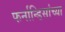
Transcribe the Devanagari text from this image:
फर्नान्डिसांच्या